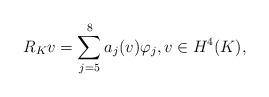
LaTeX: \begin{align*}R_Kv=\sum\limits_{j=5}^8a_j(v)\varphi_j,v\in H^4(K),\end{align*}